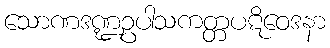
သောဏဒဏ္ဍဥပါသကတ္တပဋိဝေဒနာ